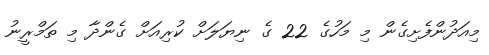
މިއަދުންފެށިގެން މި މަހުގެ 22 ގެ ނިޔަލަށް ކުރިއަށް ގެންދާ މި ތަމްރީނު